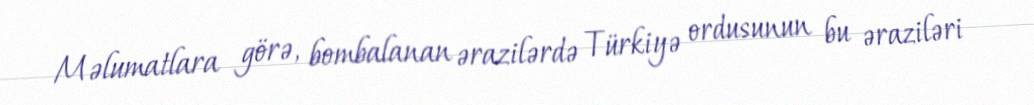
Məlumatlara görə, bombalanan ərazilərdə Türkiyə ordusunun bu əraziləri